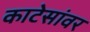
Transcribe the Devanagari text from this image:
काटेसांवर